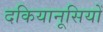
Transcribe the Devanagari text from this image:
दकियानूसियों